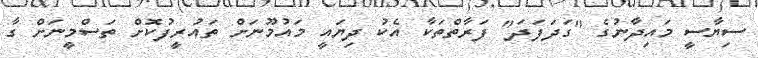
ސިޔާސީ މައިދާނުގެ "ގަދަފަދަ" ފަރާތްތަކާ އެކު ދިޔައީ މައުމޫނަށް ތައުރީފުކޮށް ތަސްމީނަށް ގާ